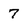
Character: 7